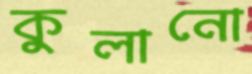
কুলানো